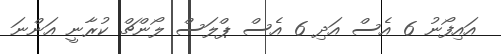
އައިފޯނު 6 އެސް އަދި 6 އެސް ޕްލަސް ލޯންޗް ކުރާނީ އަންނަ